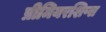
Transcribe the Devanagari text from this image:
प्रीमियरशिप्स